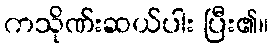
ကသိုဏ်းဆယ်ပါး ပြီး၏။